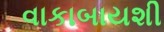
વાકાબાયશી